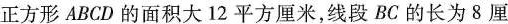
正方形 ABCD 的面积大12平方厘米，线段BC的长为8厘